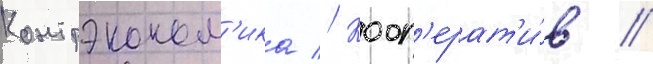
Контрэконом'ика // Кооп'ерат'и́в //